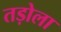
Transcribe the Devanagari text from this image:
तड़ोला